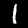
Digit: 1